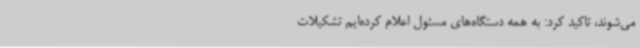
می‌شوند، تاکید کرد: به همه دستگاه‌های مسئول اعلام کرده‌ایم تشکیلات